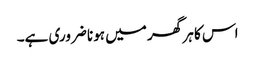
اس کا ہر گھر میں ہونا ضروری ہے۔